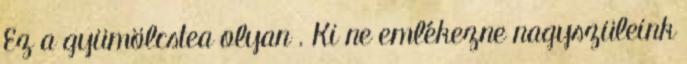
Ez a gyümölcstea olyan . Ki ne emlékezne nagyszüleink